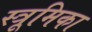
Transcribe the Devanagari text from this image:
स्त्रूमिका